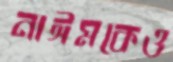
নাঈমকেও